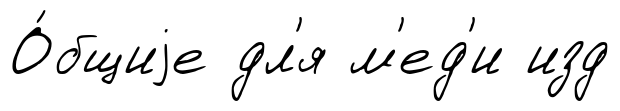
О́бщиjе дл'я м'ед'и изд